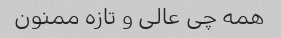
همه چی عالی و تازه ممنون